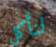
لنأكل